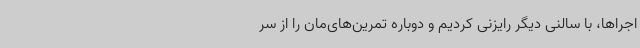
اجراها، با سالنی دیگر رایزنی کردیم و دوباره تمرین‌های‌مان را از سر